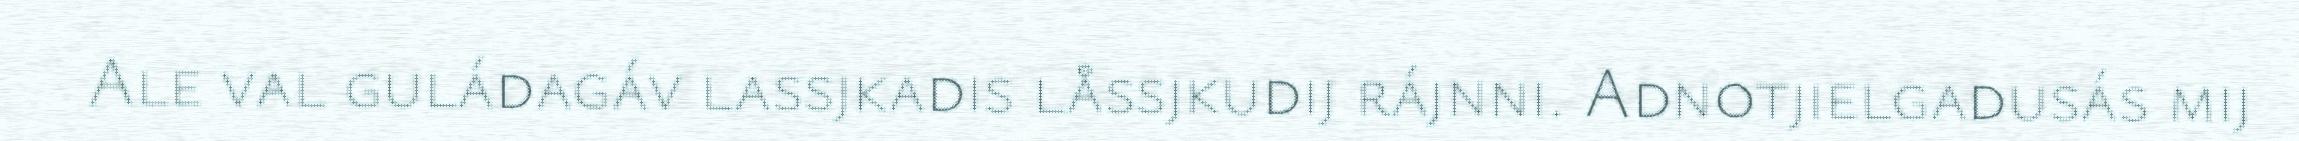
Ale val guládagáv lassjkadis låssjkudij rájnni. Adnotjielgadusás mij